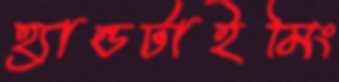
হ্যান্ডটাইমিং